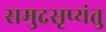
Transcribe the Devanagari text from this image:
समुद्रसृप्यंतु